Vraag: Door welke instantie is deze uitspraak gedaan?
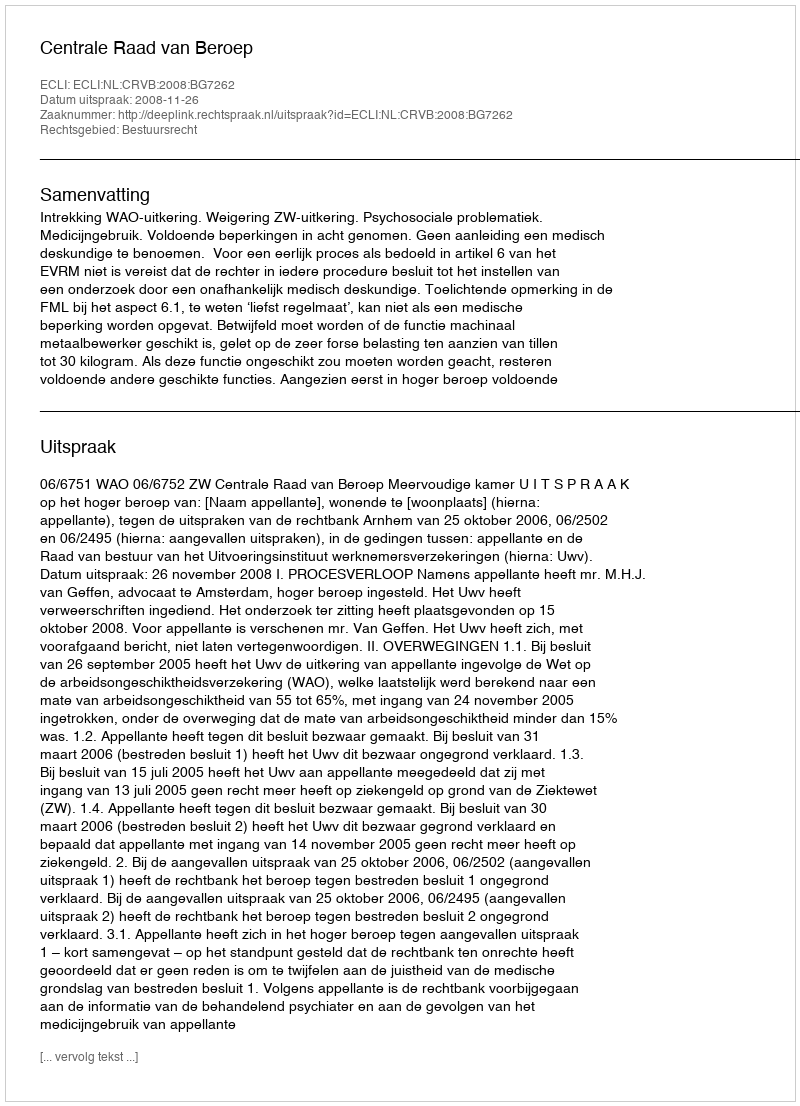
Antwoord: Centrale Raad van Beroep